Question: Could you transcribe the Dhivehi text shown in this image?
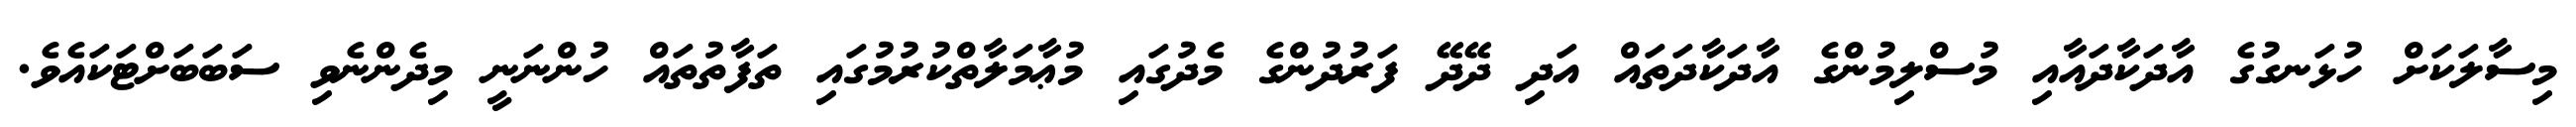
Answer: މިސާލަކަށް ހުޅަނގުގެ އާދަކާދައާއި މުސްލިމުންގެ އާދަކާދަތައް އަދި ދޭދޭ ފަރުދުންގެ މެދުގައި މުޢާމަލާތްކުރުމުގައި ތަފާތުތައް ހުންނަނީ މިދެންނެވި ސަބަބަށްޓަކައެވެ.